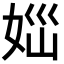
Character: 𡜪